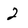
Character: 2